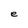
Character: e